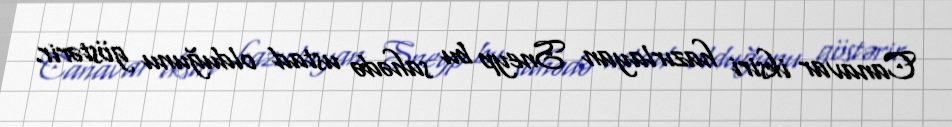
Canavar iksiri hazırlayan Sneyp bu sahədə ustad olduğunu göstərir.